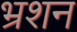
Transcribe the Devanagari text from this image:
भ्रशन